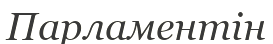
Парламентін